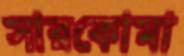
সারকোমা